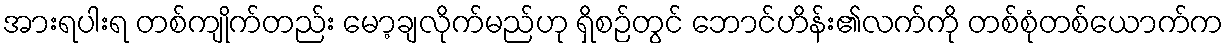
အားရပါးရ တစ်ကျိုက်တည်း မော့ချလိုက်မည်ဟု ရှိစဉ်တွင် ဘောင်ဟိန်း၏လက်ကို တစ်စုံတစ်ယောက်က